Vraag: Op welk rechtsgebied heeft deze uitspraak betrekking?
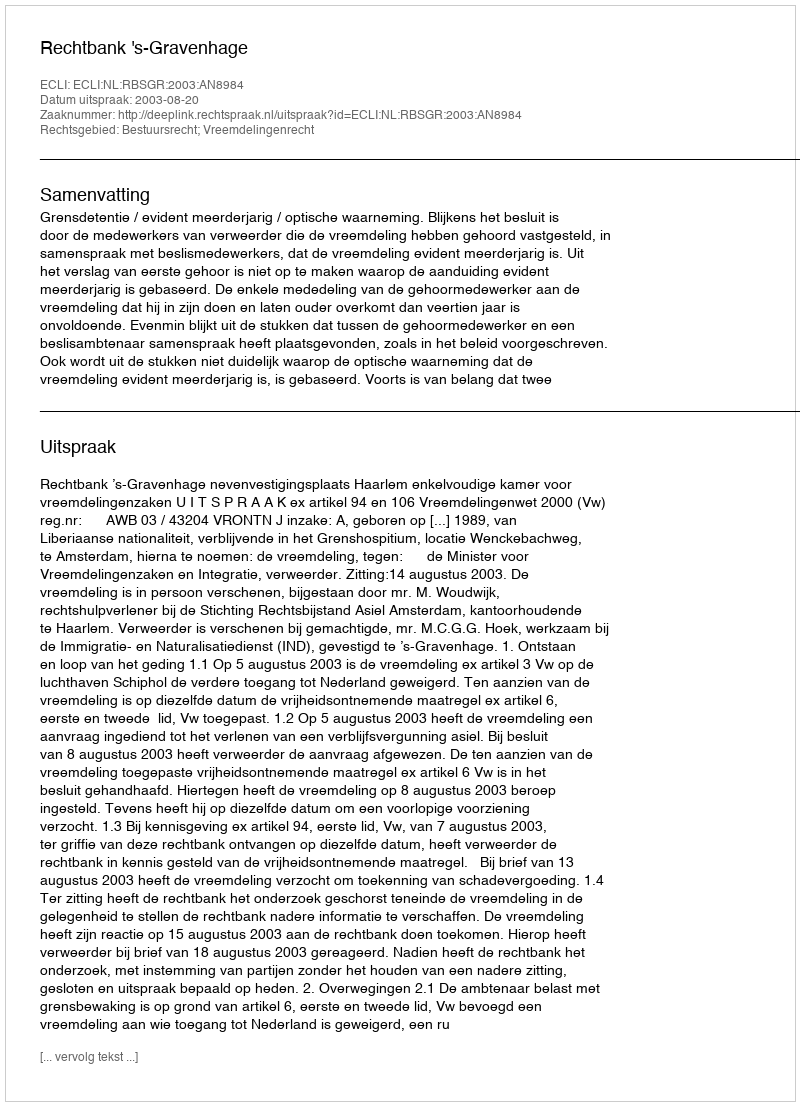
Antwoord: Bestuursrecht; Vreemdelingenrecht